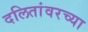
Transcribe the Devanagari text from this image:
दलितांवरच्या